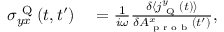
\begin{array} { r l } { \sigma _ { y x } ^ { \textrm { Q } } ( t , t ^ { \prime } ) } & { { } = \frac { 1 } { i \omega } \frac { \delta \langle j _ { \textrm { Q } } ^ { y } ( t ) \rangle } { \delta A _ { \textrm { p r o b } } ^ { x } ( t ^ { \prime } ) } , } \end{array}